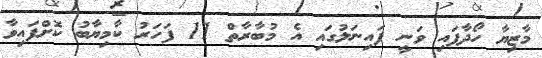
މާޒިޔާ ހޯދާފައި ވަނީ ފައިނަލުގައި އެ މުބާރާތް 11 ފަހަރު ކާމިޔާބު ކޮށްފައިވާ